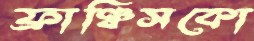
ফ্রাঞ্চিসকো